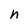
Character: h